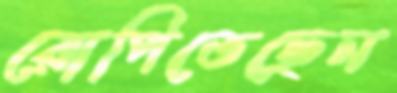
রোপিতেছেন